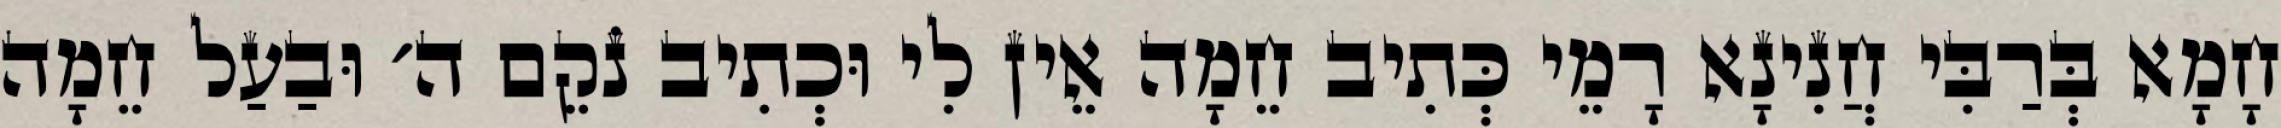
חָמָא בְּרַבִּי חֲנִינָא רָמֵי כְּתִיב חֵמָה אֵין לִי וּכְתִיב נֹקֵם ה׳ וּבַעַל חֵמָה